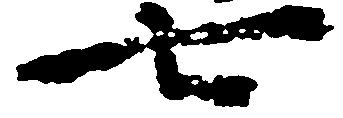
七